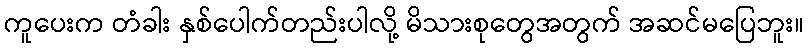
ကူပေးက တံခါး နှစ်ပေါက်တည်းပါလို့ မိသားစုတွေအတွက် အဆင်မပြေဘူး။